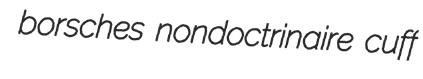
borsches nondoctrinaire cuff